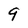
Character: 9